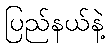
ပြည်နယ်နဲ့